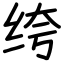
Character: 绔